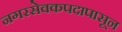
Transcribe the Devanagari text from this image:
नगरसेवकपदापासून